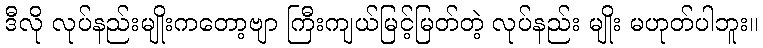
ဒီလို လုပ်နည်းမျိုးကတော့ဗျာ ကြီးကျယ်မြင့်မြတ်တဲ့ လုပ်နည်း မျိုး မဟုတ်ပါဘူး။